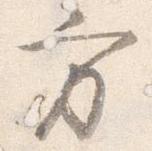
方